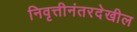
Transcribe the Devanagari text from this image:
निवृत्तीनंतरदेखील